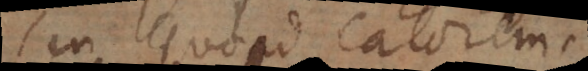
seu quoad calorem.